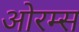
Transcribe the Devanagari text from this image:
ओरम्स